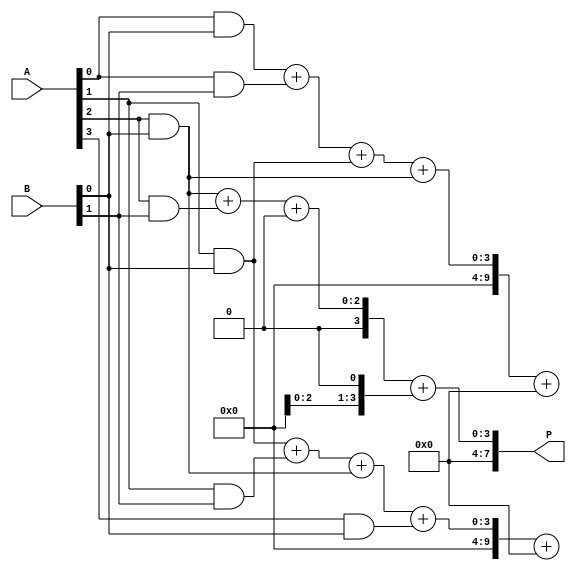
module WallaceTreeMultiplier #(parameter N = 4) (
    input  [N-1:0] A,
    input  [N-1:0] B,
    output [2*N-1:0] P
);
    
    wire [N-1:0] pp [0:N-1]; // Partial products: 4 bits for 4 bits

    // Partial product generation
    generate
        genvar i, j;
        for (i = 0; i < N; i = i + 1) begin: pp_gen
            for (j = 0; j < N; j = j + 1) begin: and_gen
                assign pp[i][j] = A[i] & B[j];
            end
        end
    endgenerate

    // Reduction tree structure
    wire [N+1:0] sum [0:N-1]; // Temporary sums
    wire [N-1:0] carry [0:N-1]; // Carries

    // First stage: group and reduce
    genvar k;
    for (k = 0; k < N-1; k = k + 1) begin: reduction_stage_1
        if (k < N-1) begin
            // Use half adders and full adders to combine
            assign {carry[k], sum[k]} = pp[k][0] + pp[k][1] + (k < N-2 ? pp[k+1][0] : 1'b0);
        end
    end

    // Second stage: further reduction
    genvar m;
    for (m = 0; m < N-2; m = m + 1) begin: reduction_stage_2
        assign {carry[m+1], sum[m+1]} = sum[m] + (m < N-2 ? pp[m+2][0] : 1'b0) + carry[m];
    end

    // Final addition
    wire [2*N-1:0] final_sum;
    
    assign final_sum = {1'b0, sum[N-2]} + {carry[N-2], sum[N-1]};
    
    // Final result
    assign P = final_sum[N-1:0];

endmodule